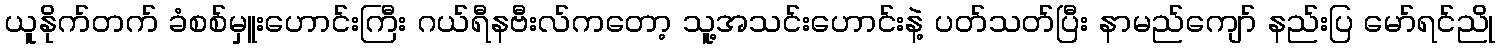
ယူနိုက်တက် ခံစစ်မှူးဟောင်းကြီး ဂယ်ရီနဗီးလ်ကတော့ သူ့အသင်းဟောင်းနဲ့ ပတ်သတ်ပြီး နာမည်ကျော် နည်းပြ မော်ရင်ညို